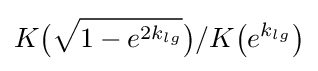
K{\big (}{\sqrt {1-e^{2k_{lg}}}}{\big )}/K{\big (}e^{k_{lg}}{\big )}